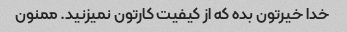
خدا خیرتون بده که از کیفیت کارتون نمیزنید. ممنون